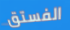
الفستق